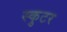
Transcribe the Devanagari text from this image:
स्कुटर